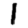
Digit: 1